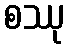
စဿု